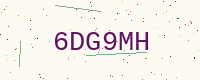
Text: 6DG9MH